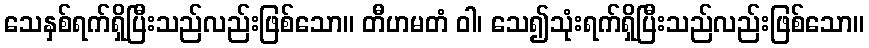
သေနှစ်ရက်ရှိပြီးသည်လည်းဖြစ်သော။ တီဟမတံ ဝါ၊ သေ၍သုံးရက်ရှိပြီးသည်လည်းဖြစ်သော။